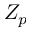
Z _ { p }